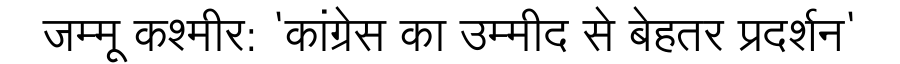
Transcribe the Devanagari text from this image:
जम्मू कश्मीर: 'कांग्रेस का उम्मीद से बेहतर प्रदर्शन'